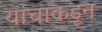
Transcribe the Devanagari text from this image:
यांचाकडून